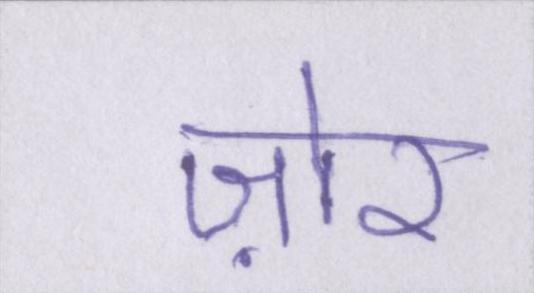
ज़ोर